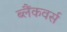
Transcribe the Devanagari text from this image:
ब्लैंकवर्स